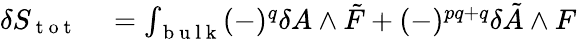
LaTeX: \begin{array}{rl}{\delta S_{\mathrm{~t~o~t~}}}&{{}=\int_{\mathrm{~b~u~l~k~}}(-)^{q}\delta A\wedge\tilde{F}+(-)^{pq+q}\delta\tilde{A}\wedge F}\end{array}